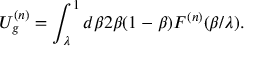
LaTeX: U _ { g } ^ { ( n ) } = \int _ { \lambda } ^ { 1 } d \beta 2 \beta ( 1 - \beta ) F ^ { ( n ) } ( \beta / \lambda ) .